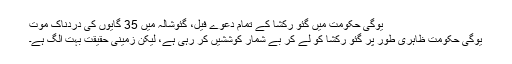
یوگی حکومت میں گئو رکشا کے تمام دعوے فیل، گئوشالہ میں 35 گایوں کی دردناک موت
یوگی حکومت ظاہری طور پر گئو رکشا کو لے کر بے شمار کوششیں کر رہی ہے، لیکن زمینی حقیقت بہت الگ ہے۔